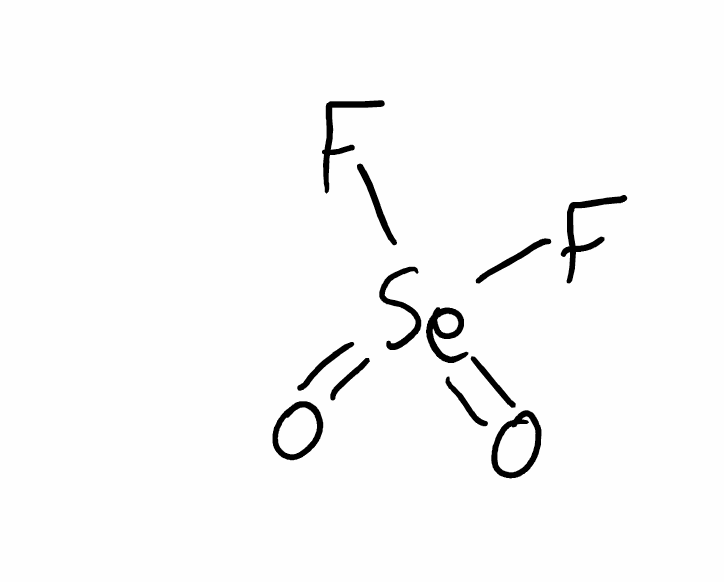
Simplified molecular-input line-entry system (SMILES) notation of the given molecule:
O=[Se](=O)(F)F